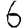
Digit: 6